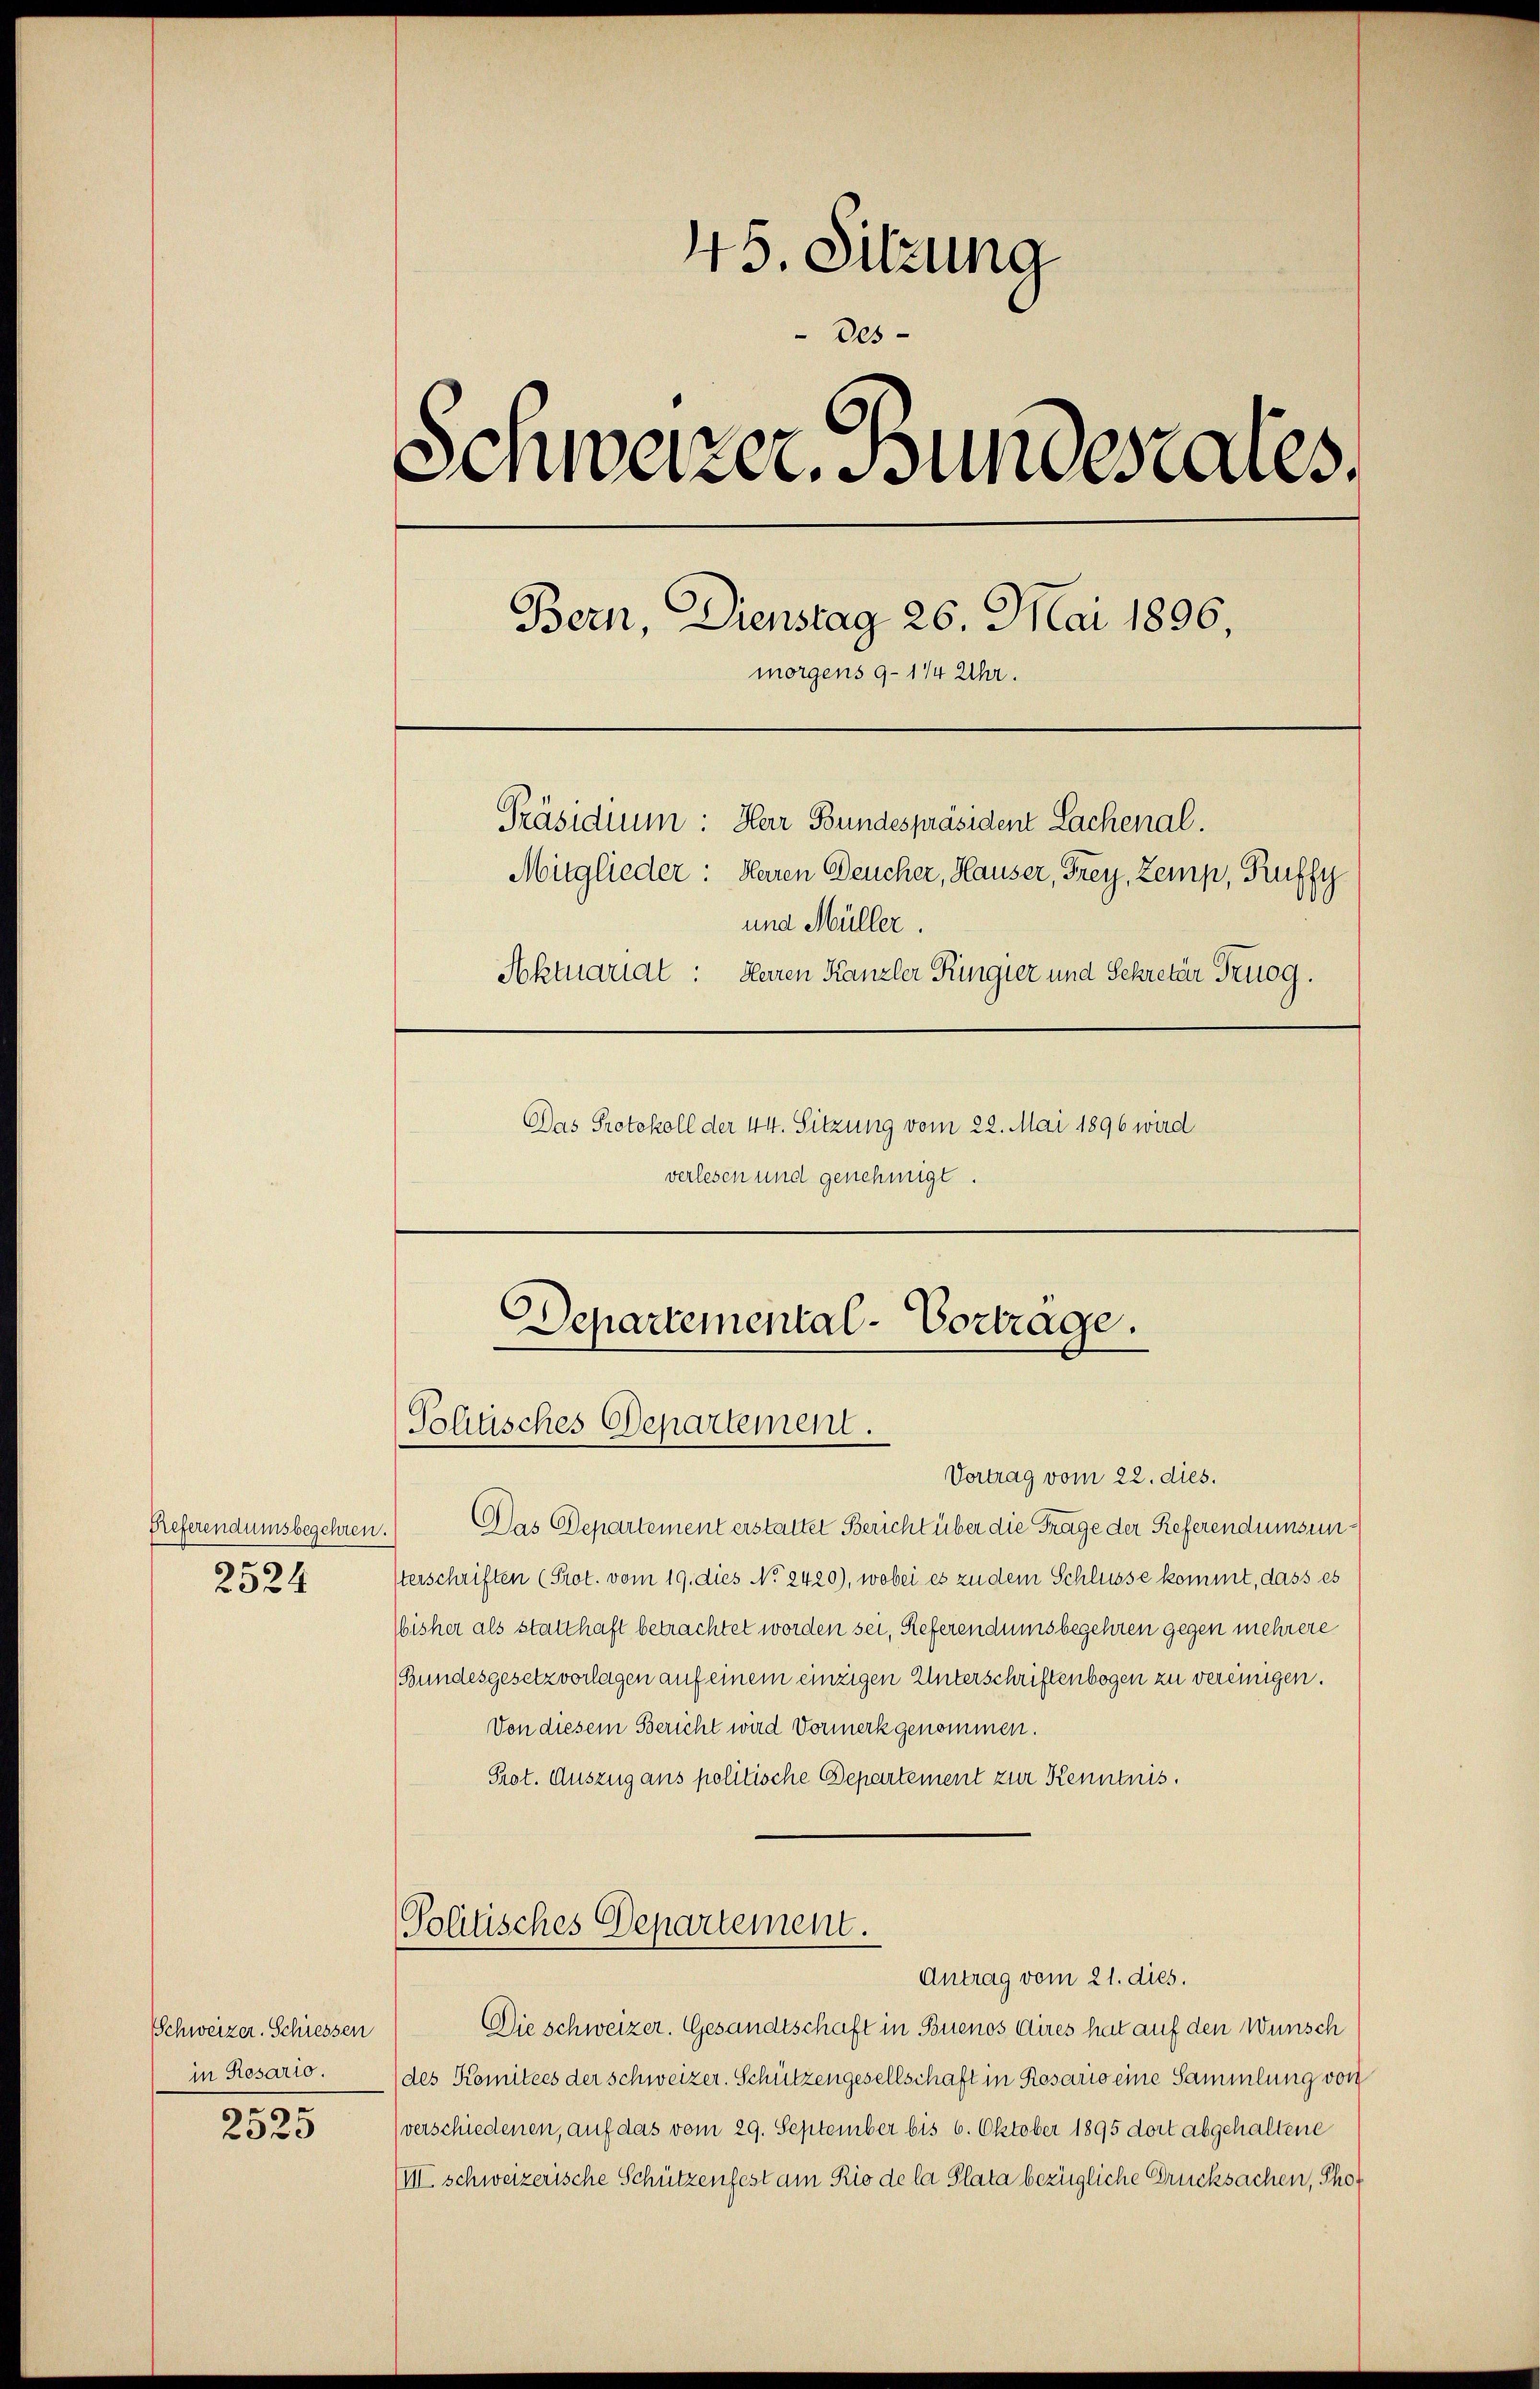
Preferendumsbegehren.
2524

Schweizer. Schiessen
in Rosario.
2525

45. Sitzung
Des-
Schweizer, Bundesrates.
Bern, Dienstag 26. Mai 1896
morgens 9–1/4 Uhr.
Präsidium: Herr Bundespräsident Sachenal.
Mitglieder: Heren Deucher, Hauser, Frey, Zemp, Ruffy
und Müller.
Aktuariat: Herren Kanzler Ringier und Sekretär Truog.
Das Protokoll der 44. Sitzung vom 22. Mai 1896 wird

verlesen und genehmigt.

Departemental-Vortrage.
Politisches Departement.

Vortrag vom 22. dies.
Das Departement erstattet Bericht über die Frage der Referendumsunterschriften (Prot. vom 19. dies No. 2420), wobei es zu dem Schlüsse kommt, dass es
Wisher als statthaft betrachtet worden sei, Referendumsbegehren gegen mehrere
Bundesgesetz vorlagen auf einem einzigen Unterschriftenbogen zu vereinigen.
Von diesem Bericht wird Vormerk genommen.
Prot. Auszug aus politische Departement zur Kenntnis.
Politisches Departement.
Antrag vom 21. dies.
Die schweizer. Gesandtschaft in Buenos Aires hat auf den Wunsch
(des Komitees der Schweizer. Schützengesellschaft in Rosario eine Sammlung von
(verschiedenen, auf das vom 29. September bis 6. Oktober 1895 dort abgehaltene
III schweizerische Schützenfest am Rio de la Plata bezügliche Drucksachen, Tho¬